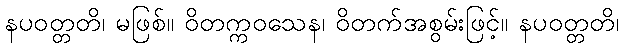
နပဝတ္တတိ၊ မဖြစ်။ ဝိတက္ကဝသေန၊ ဝိတက်အစွမ်းဖြင့်။ နပဝတ္တတိ၊